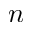
n